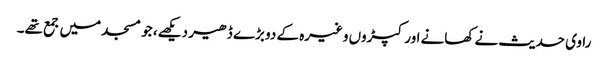
راوی حدیث نے کھانے اور کپڑوں وغیرہ کے دو بڑے ڈھیر دیکھے، جو مسجد میں جمع تھے۔